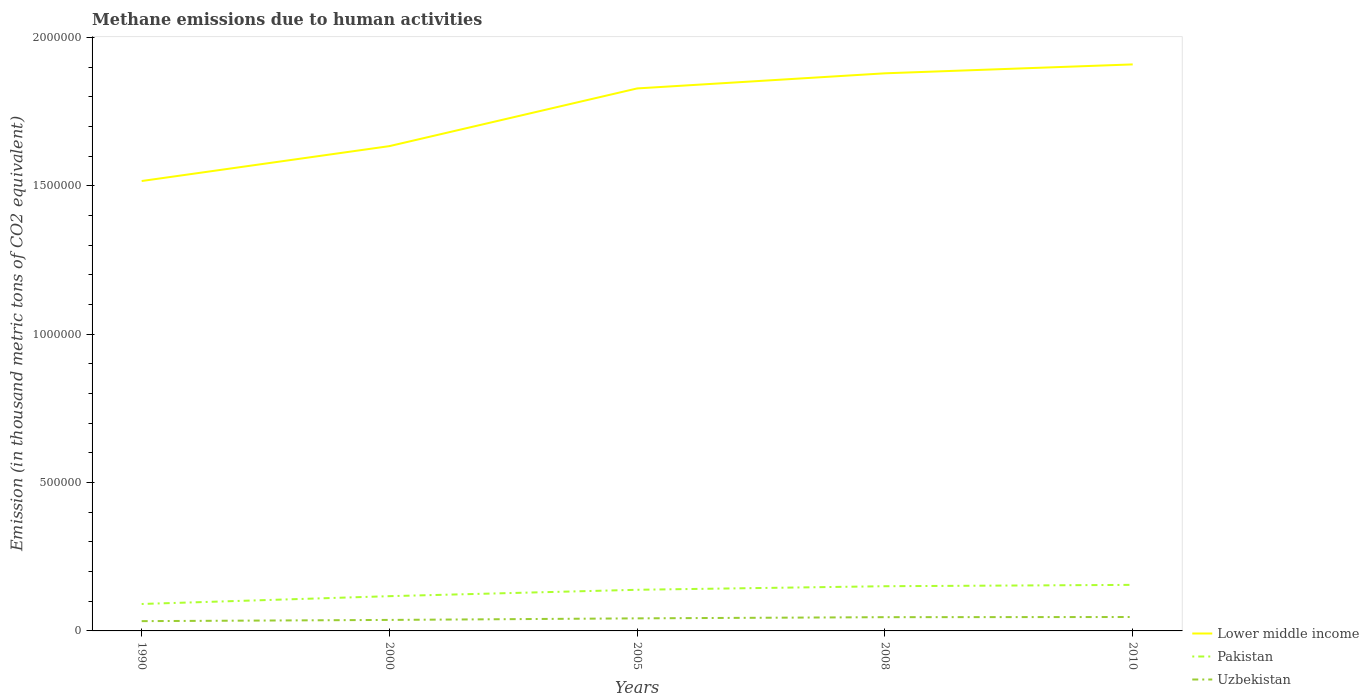
| Years | Lower middle income | Pakistan | Uzbekistan |
 | --- | --- | --- | --- |
 | 1990 | 1.52e+06 | 9.08e+04 | 3.29e+04 |
 | 2000 | 1.63e+06 | 1.17e+05 | 3.71e+04 |
 | 2005 | 1.83e+06 | 1.39e+05 | 4.24e+04 |
 | 2008 | 1.88e+06 | 1.51e+05 | 4.63e+04 |
 | 2010 | 1.91e+06 | 1.55e+05 | 4.69e+04 |